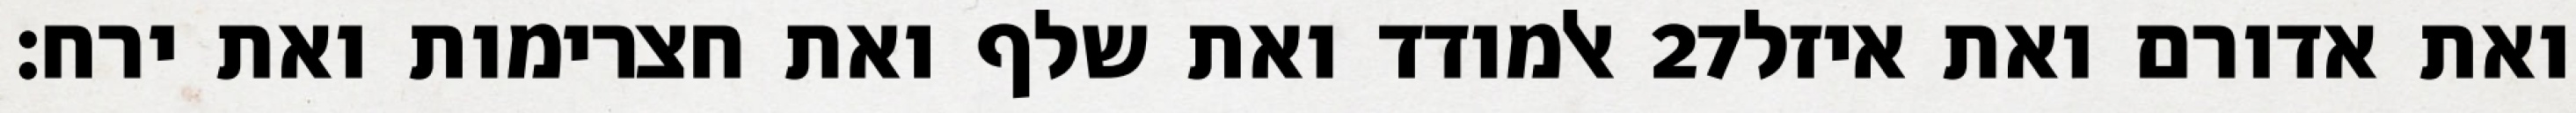
אלמודד ואת שלף ואת חצרימות ואת ירח׃ ‎27‏ ואת אדורם ואת איזל